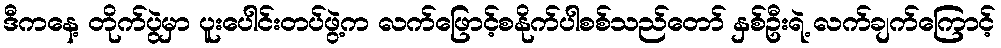
ဒီကနေ့ တိုက်ပွဲမှာ ပူးပေါင်းတပ်ဖွဲ့က လက်ဖြောင့်စနိုက်ပါစစ်သည်တော် နှစ်ဦးရဲ့ လက်ချက်ကြောင့်